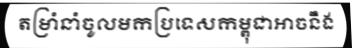
តម្រាំនាំចូលមកប្រទេសកម្ពុជាអាចនឹង